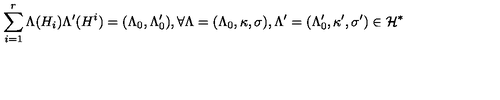
\sum _ { i = 1 } ^ { r } \Lambda ( H _ { i } ) \Lambda ^ { \prime } ( H ^ { i } ) = ( \Lambda _ { 0 } , \Lambda _ { 0 } ^ { \prime } ) , \forall \Lambda = ( \Lambda _ { 0 } , \kappa , \sigma ) , \Lambda ^ { \prime } = ( \Lambda _ { 0 } ^ { \prime } , \kappa ^ { \prime } , \sigma ^ { \prime } ) \in { \cal H } ^ { * }